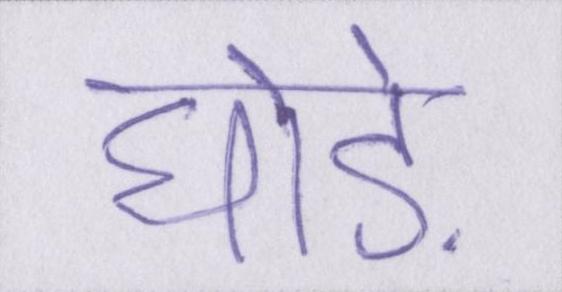
घोड़े